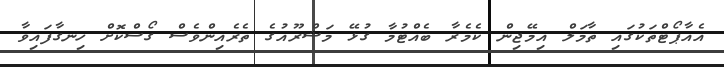
އެއާޕޯޓްތަކުގައި ތާމަލް އިމޭޖިން ކެމެރާ ބެއްޓުމާ ގުޅޭ މަޝްރޫއުގެ ތެރެއިންވެސް ގޯސްކޮށް ހިނގާފައިވާ